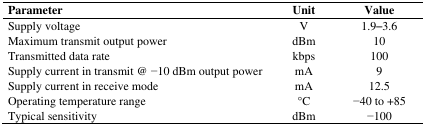
<table><thead><tr><td><b>Parameter</b></td><td><b>Unit</b></td><td><b>Value</b></td></tr></thead><tbody><tr><td>Supply voltage</td><td>V</td><td>1.9–3.6</td></tr><tr><td>Maximum transmit output power</td><td>dBm</td><td>10</td></tr><tr><td>Transmitted data rate</td><td>kbps</td><td>100</td></tr><tr><td>Supply current in transmit @ −10 dBm output power</td><td>mA</td><td>9</td></tr><tr><td>Supply current in receive mode</td><td>mA</td><td>12.5</td></tr><tr><td>Operating temperature range</td><td>°C</td><td>−40 to +85</td></tr><tr><td>Typical sensitivity</td><td>dBm</td><td>−100</td></tr></tbody></table>